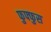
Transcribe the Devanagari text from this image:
फुफ्‍फुस